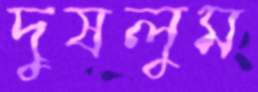
দুষলুম